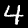
Label: 4